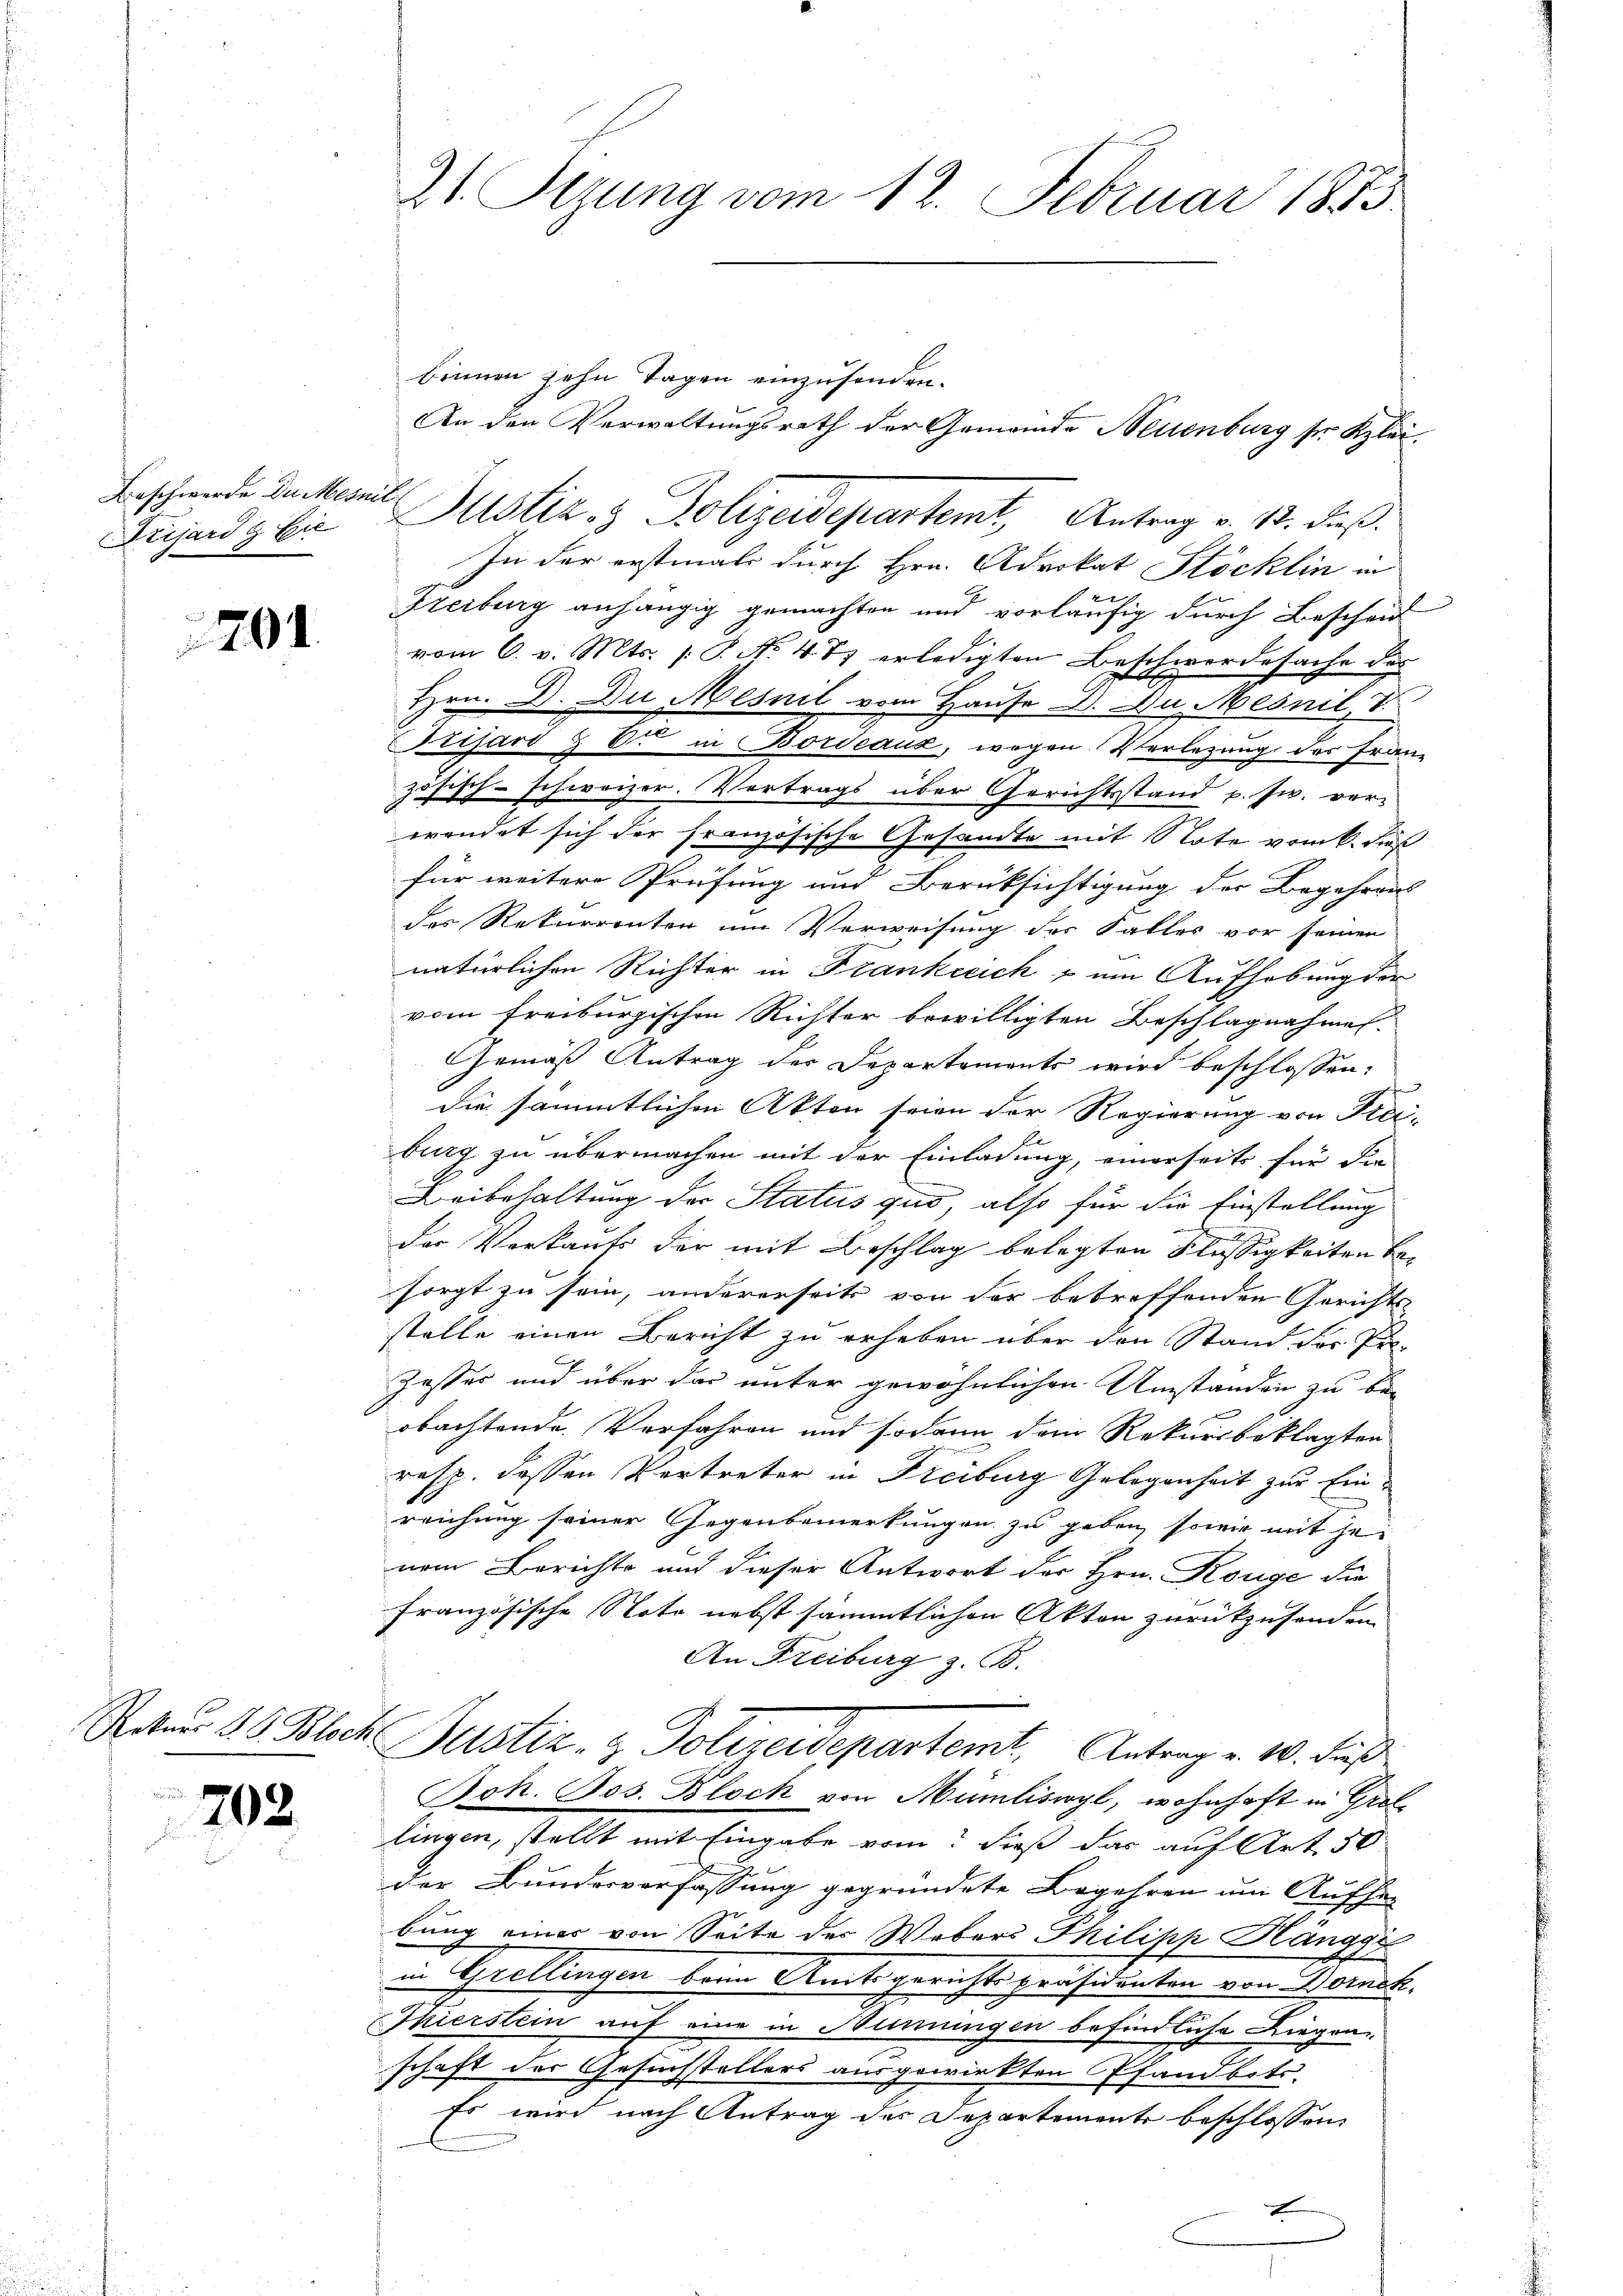
Beschwerde Du Mesnit
Prisard & Cie

701.

702

binnen zehn Tagen einzusenden.
Justiz- & Polizeidepartemt, Antrag v. 12. dieß.
In der erstmals durch Hrn. Advokat Stöcklin in
2x
Freiberg anhängig gemachten und vorläufig durch Bescheid
vom 6. v. Mts. s. S. No. 4 t. erledigten Beschwerdesache des
Hrn. D. Du Mesnil vom Hause D. Du Mesnil, V
Etisard & B. in Bordeaux, wegen Verlegung des Franz
zösisch-schweizer. Vertrags über Gerichtsstand p. zw. ver-
wendet sich der französische Gesandte mit Note vom k. Fuß
für weitere Prüfung und Berüksichtigung der Begehrens
der Rekurrenten um Verweisung der Faller vor seinen
natürlichen Richter in Frankreich & um Aufhebung der
vom Freiburgischen Richter bewilligten Beschlagnahmen.
Gemäß Antrag der Departements wird beschlossen:
die sämmtlichen Akten seien der Regierung von Frei-
burg zu übermachen mit der Einladung, einerseits für die
Beibehaltung der Status quo, also für die Einstellung
der Verkaufs der mit Beschlag belegten Flüssigkeiten besorgt zu sein, andererseits von der betreffenden Gerichts-
stelle einen Bericht zu erheben über den Stand der Pri-
Zaster und über das unter gewöhnlichen Umstanden zu bei
obachtende Verfahren und sodann dem Rekursbeklagten
resp. dessen Vertreter in Freiburg Gelegenheit zur Einreichung seiner Gegenbemerkungen zu geben, sowie mit hei
nem Berichte und dieser Antwort der Hrn. Kouge die
französische Noto nebst sämmtlichen Akten zurückzusenden
An Freiburg z. B.
Ratum 2 Blech Justiz- & Polizeidepartemt. Antrag v. 10. dieß
Joh. Jos. Block von Mümliswyl, wohnhaft in Grol
lingen, stellt mit Eingabe vom dieß das auf Art. 50
der Bundesverfassung gegründete Begehren um Aufhe
bung einer von Seite des Webers Philipp Häng
in Grellingen beim Amtsgerichtspräsidenten von Bornck.
Thierstein auf eine in Numungen befindliche Liegen-
schaft der Gesuchstellers ausgewirkten Pfandbots.
Es wird nach Antrag des Departements beschlossen,
x

21. Segung vom 12. Februar 1873.

An den Verwaltungsrath der Gemeinde Neuenburg sr Klei¬